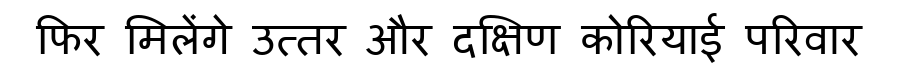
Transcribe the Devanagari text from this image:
फिर मिलेंगे उत्तर और दक्षिण कोरियाई परिवार